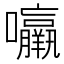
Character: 𱕰